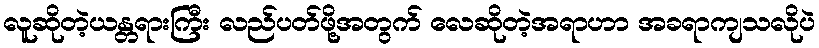
လူဆိုတဲ့ယန္တရားကြီး လည်ပတ်ဖို့အတွက် လေဆိုတဲ့အရာဟာ အခရာကျသလိုပဲ